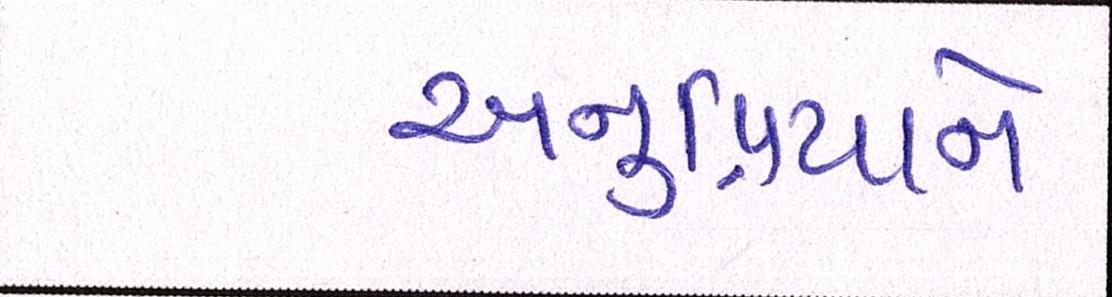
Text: અનુપ્રિયાને